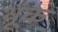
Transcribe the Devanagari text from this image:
थूंक